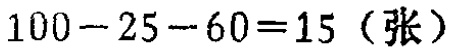
\(100 - 25 - 60 = 15\)（张）